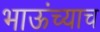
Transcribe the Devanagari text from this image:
भाऊंच्याच